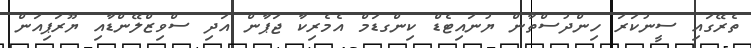
ތެރޭގައި ސީނުކަރަ ހިންދުސްތާން ޔުނައިޓެޑް ކިންގޑަމް އެމެރިކާ ޖަޕާން އަދި ސްވިޒްލޭންޑާއި ޔޫރަޕިއަން